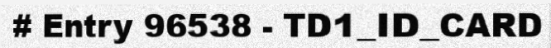
# Entry 96538 - TD1_ID_CARD